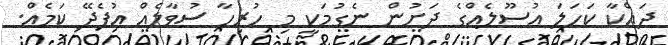
ދައްކާ ކަހަލަ އުސޫލެއްގެ ދަށުން ނެގުމަކީ މި ހުރިހާ ސުވާލެއް އުފެދޭ ކަމެއް.